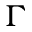
\Gamma